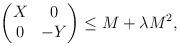
LaTeX: \begin{align*} \begin{pmatrix} X & 0 \\ 0 & -Y \end{pmatrix} \leq M+\lambda M^2, \end{align*}